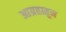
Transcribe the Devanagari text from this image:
आग्रहातून